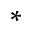
\ast